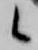
候